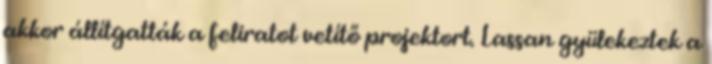
akkor állítgatták a feliratot vetítő projektort. Lassan gyülekeztek a